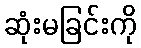
ဆုံးမခြင်းကို